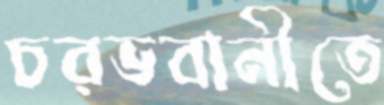
চরভবানীতে